Civil Veterinary Dept. Bombay admin report 1932-41 - 1932-1941
Year: 1932
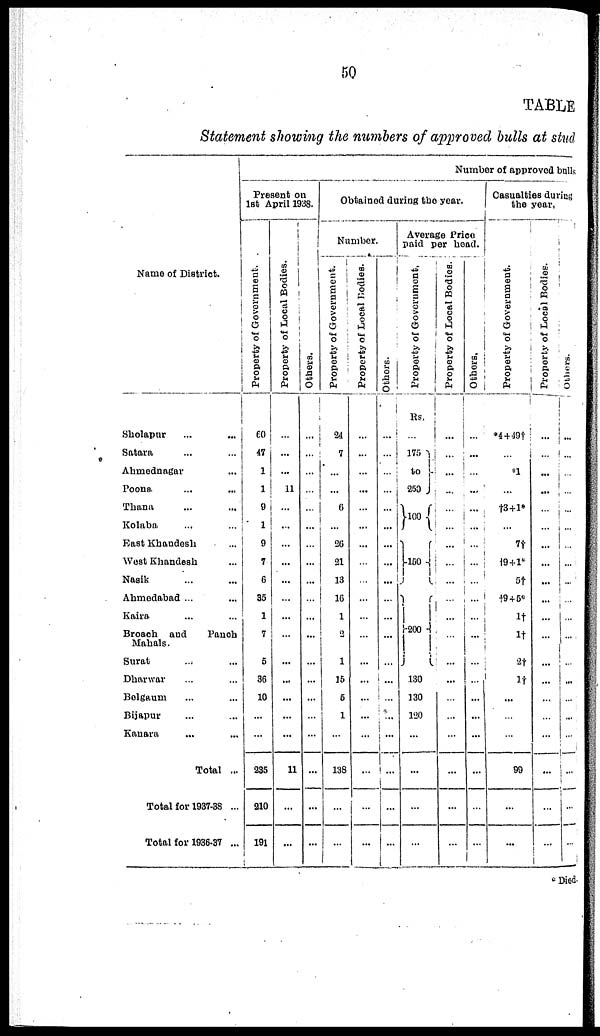
50
TABLE
Statement showing the numbers of approved bulls at stud
Name of District.
Sholapur ... ...
Satara ... ...
Ahmednagar ...
Poona ... ...
Thana ... ...
Kolaba ... ...
East Khandesh . ...
West Khandesh ...
Nasik ... ...
Ahmedabad ... ...
Kaira ... ...
Broach and
Panch
Mahals.
Surat ... ...
Dharwar ... ...
Belgaum ... ...
Bijapur ... ...
Kanara ... ...
Total ...
Total for 1937-38 ...
Total for 1936-37 ...
Number of approved brills
Present on
1st April 1938.
Pr oper t
y of Government.
60
47
1
1
9
1
9
7
6
35
1
7
5
36
10
...
...
235
210
191
Pr oper t
y of Local Bodies.
...
...
...
11
...
...
...
...
...
...
...
...
...
...
...
...
...
11
...
...
Ot her s .
...
...
...
...
...
...
...
...
...
...
...
...
...
...
...
...
...
...
...
...
Obtained during the year.
Number.
Property of Government.
24
7
...
...
6
...
26
21
13
16
1
2
1
15
5
1
...
138
...
...
Property of Local Bodies.
...
...
...
...
...
...
...
...
...
...
...
...
...
...
...
...
...
...
...
...
Others.
...
...
...
...
...
...
...
...
...
...
...
...
...
...
...
...
...
...
...
...
Average Price
paid per head.
Property of Government,
Rs.
...
175
to
250
100
150
200
130
130
120
...
...
...
...
Property of Local Bodies.
...
...
...
...
...
...
...
...
...
...
...
...
...
...
...
...
...
...
...
...
Others,
...
...
...
...
...
...
...
...
...
...
...
...
...
...
...
...
...
...
...
...
Casualties during
the year,
Property of Go v e r
n me n t.
*4 + 49†
...
*1
...
†3+1*
...
7†
†9+1*
5†
†9 + 5*
1†
1†
2†
1†
...
...
...
99
...
...
Pr oper t
y of Local Bodie
...
......
...
......
...
...
...
...
...
...
...
...
...
...
...
...
...
...
...
...
Ot her s .
...
...
...
...
...
...
...
...
...
...
...
...
...
...
...
...
...
...
...
...
* Died.